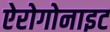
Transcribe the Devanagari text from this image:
ऐरोगोनाइट